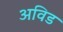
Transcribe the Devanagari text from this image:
अविड